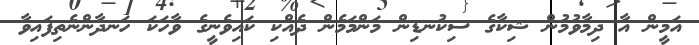
އަމީން އާ ދިމާވުމުން ޝިކާގެ ސިކުނޑިން މަންމަމެން ދެއްކި ކައިވެނީގެ ވާހަކަ ހަނދާންނެތިފައިވާ